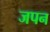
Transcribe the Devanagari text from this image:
जपन